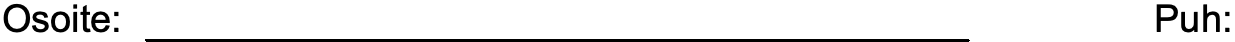
Osoite:                               Puh: